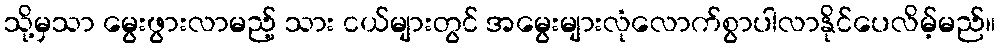
သို့မှသာ မွေးဖွားလာမည့် သား ငယ်များတွင် အမွေးများလုံလောက်စွာပါလာနိုင်ပေလိမ့်မည်။